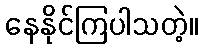
နေနိုင်ကြပါသတဲ့။